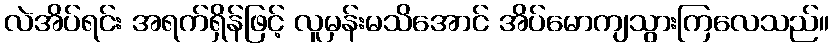
လဲအိပ်ရင်း အရက်ရှိန်ဖြင့် လူမှန်းမသိအောင် အိပ်မောကျသွားကြလေသည်။